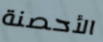
الأحصنة